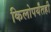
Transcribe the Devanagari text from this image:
किलोपर्यंतही